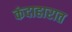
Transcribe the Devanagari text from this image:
कंदाहारात